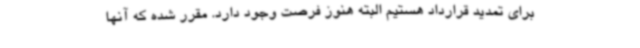
برای تمدید قرارداد هستیم البته هنوز فرصت وجود دارد. مقرر شده که آنها